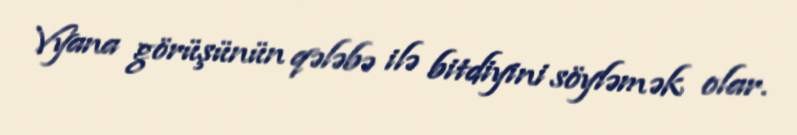
Vyana görüşünün qələbə ilə bitdiyini söyləmək olar.